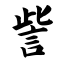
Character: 訾